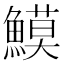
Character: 𩻁